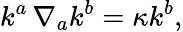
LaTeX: k^{a}\, \nabla_{a}k^{b}=\kappa k^{b},